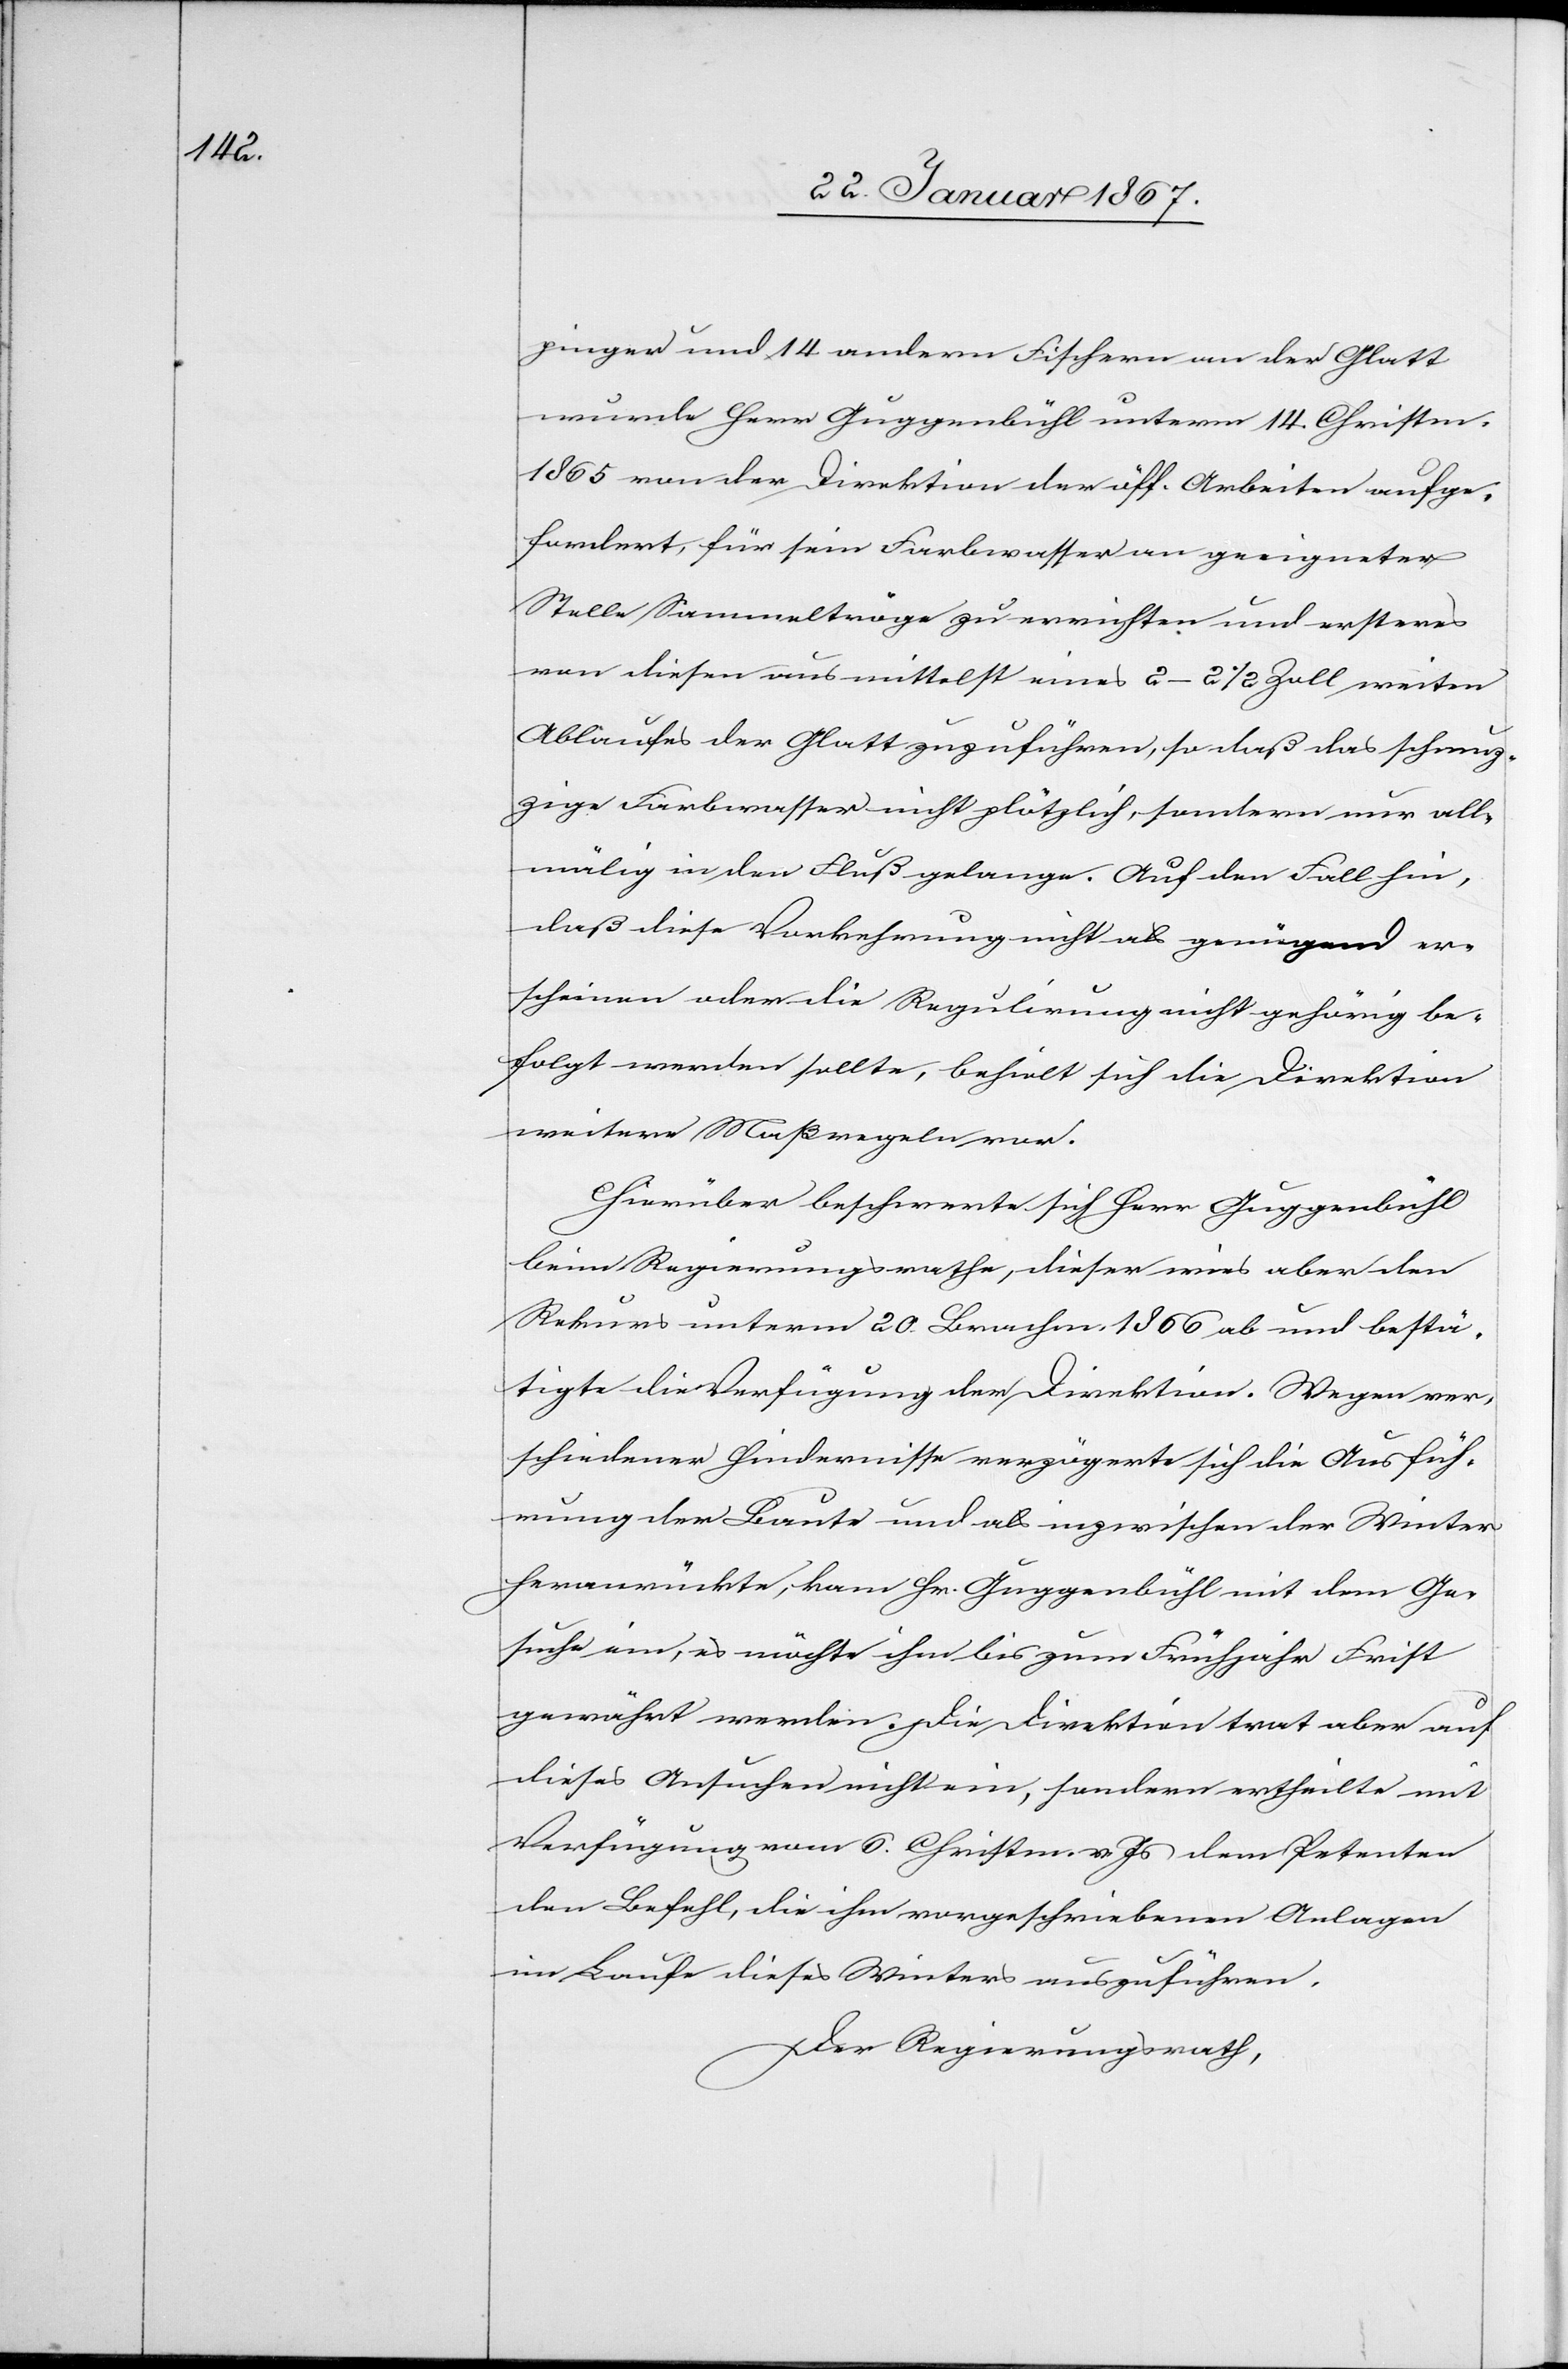
pinger und 14 anderen Fischern an der Glatt
wurde Herr Guggenbühl unterm 14. Christm.
1865 von der Direktion der öff. Arbeiten aufge¬
fordert, für sein Farbwasser an geeigneter
Stelle Sammeltröge zu errichten und ersteres
von diesen aus mittelst eines 2–2 1/2 Zoll weiten
Ablaufes der Glatt zuzuführen, so daß das schmuz¬
zige Farbwasser nicht plötzlich, sondern nur all¬
mälig in den Fluß gelange. Auf den Fall hin,
daß diese Vorkehrung nicht als genügend er¬
scheinen oder die Regulierung nicht gehörig be¬
folgt werden sollte, behielt sich die Direktion
weitere Maßregeln vor.
Hierüber beschwerte sich Herr Guggenbühl
beim Regierungsrathe, dieser wies aber den
Rekurs unterm 20. Brachm. 1866 ab und bestä¬
tigte die Verfügung der Direktion. Wegen ver¬
schiedener Hindernisse verzögerte sich die Ausfüh¬
rung der Baute und als inzwischen der Winter
heranrückte, kam Hr. Guggenbühl mit dem Ge¬
such ein, es möchte ihm bis zum Frühjahr Frist
gewährt werden. Die Direktion trat aber auf
dieses Ansuchen nicht ein, sondern ertheilte mit
Verfügung vom 6. Christm. v. Js dem Petenten
den Befehl, die ihm vorgeschriebenen Anlagen
im Laufe dieses Winters auszuführen.
Der Regierungsrath,